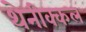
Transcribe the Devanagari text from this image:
थेनीक्कल